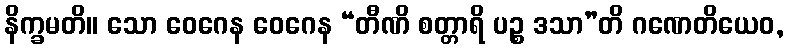
နိက္ခမတိ။ သော ဝေဂေန ဝေဂေန “တီဏိ စတ္တာရိ ပဉ္စ ဒသာ”တိ ဂဏေတိယေဝ,